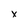
Character: x